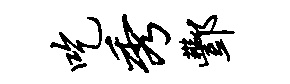
吃秀酆